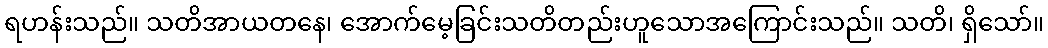
ရဟန်းသည်။ သတိအာယတနေ၊ အောက်မေ့ခြင်းသတိတည်းဟူသောအကြောင်းသည်။ သတိ၊ ရှိသော်။